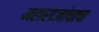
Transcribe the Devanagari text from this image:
महाराजांचाच